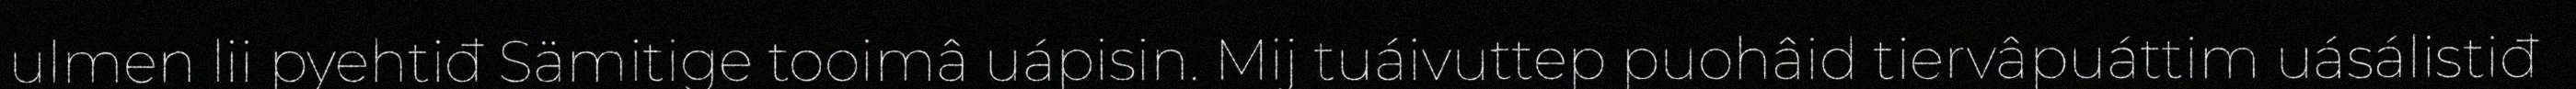
ulmen lii pyehtiđ Sämitige tooimâ uápisin. Mij tuáivuttep puohâid tiervâpuáttim uásálistiđ